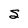
Character: S